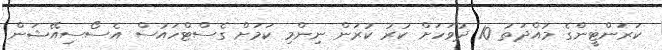
ކަރަންޓީންގެ މުއްދަތު 10 ދުވަހަށް ކުރު ކުރަން ނިންމި ކަމަށް ގެސްޓްހައުސް އެސޯސިއޭޝަން